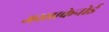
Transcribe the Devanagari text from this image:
अस्साकेनोई